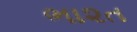
ભા૨ત